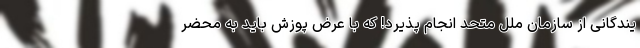
یندگانی از سازمان ملل متحد انجام پذیرد! که با عرض پوزش باید به محضر